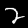
Label: 2